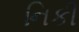
નિકી